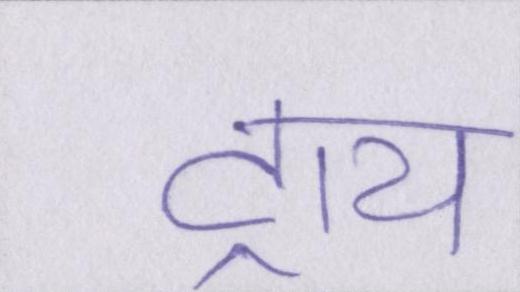
ट्राय